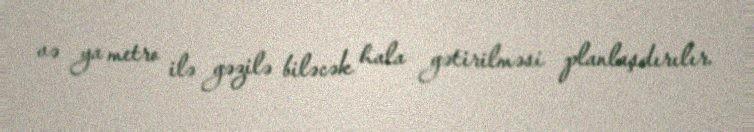
və ya metro ilə gəzilə biləcək hala gətirilməsi planlaşdırılır.